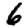
Digit: 6